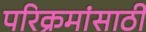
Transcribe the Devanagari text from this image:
परिक्रमांसाठी